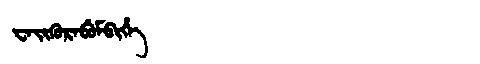
Manchu: ᠸᠠᡳᡴᡠᡵᠠᠪᡠᠮᠪᡳᡥᡝ
Romanization: WAIKURABUMBIHE